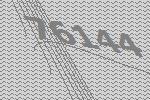
76144